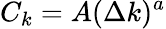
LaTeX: C_{k}=A(\Delta k)^{a}